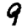
Digit: 9